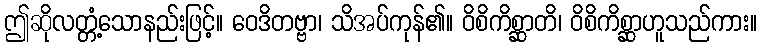
ဤဆိုလတ္တံ့သောနည်းဖြင့်။ ဝေဒိတဗ္ဗာ၊ သိအပ်ကုန်၏။ ဝိစိကိစ္ဆာတိ၊ ဝိစိကိစ္ဆာဟူသည်ကား။